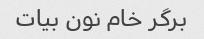
برگر خام نون بیات